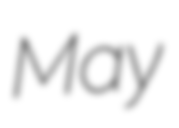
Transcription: May